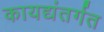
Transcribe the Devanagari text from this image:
कायद्यंतर्गत